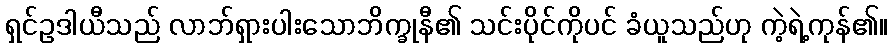
ရှင်ဥဒါယီသည် လာဘ်ရှားပါးသောဘိက္ခုနီ၏ သင်းပိုင်ကိုပင် ခံယူသည်ဟု ကဲ့ရဲ့ကုန်၏။